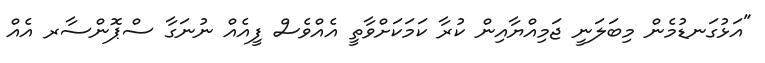
"އަޅުގަނޑުމެން މިބަލަނީ ޖަމިއްޔާއިން ކުރާ ކަމަކަށްވާތީ އެއްވެސް ފީއެއް ނުނަގާ ސްޕޮންސާރ އެއް